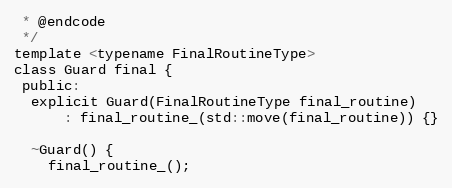
Language: C
 * @endcode
 */
template <typename FinalRoutineType>
class Guard final {
 public:
  explicit Guard(FinalRoutineType final_routine)
      : final_routine_(std::move(final_routine)) {}

  ~Guard() {
    final_routine_();